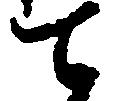
て